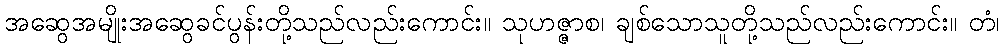
အဆွေအမျိုးအဆွေခင်ပွန်းတို့သည်လည်းကောင်း။ သုဟဇ္ဇာစ၊ ချစ်သောသူတို့သည်လည်းကောင်း။ တံ၊